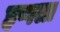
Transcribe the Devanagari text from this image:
हप्पला